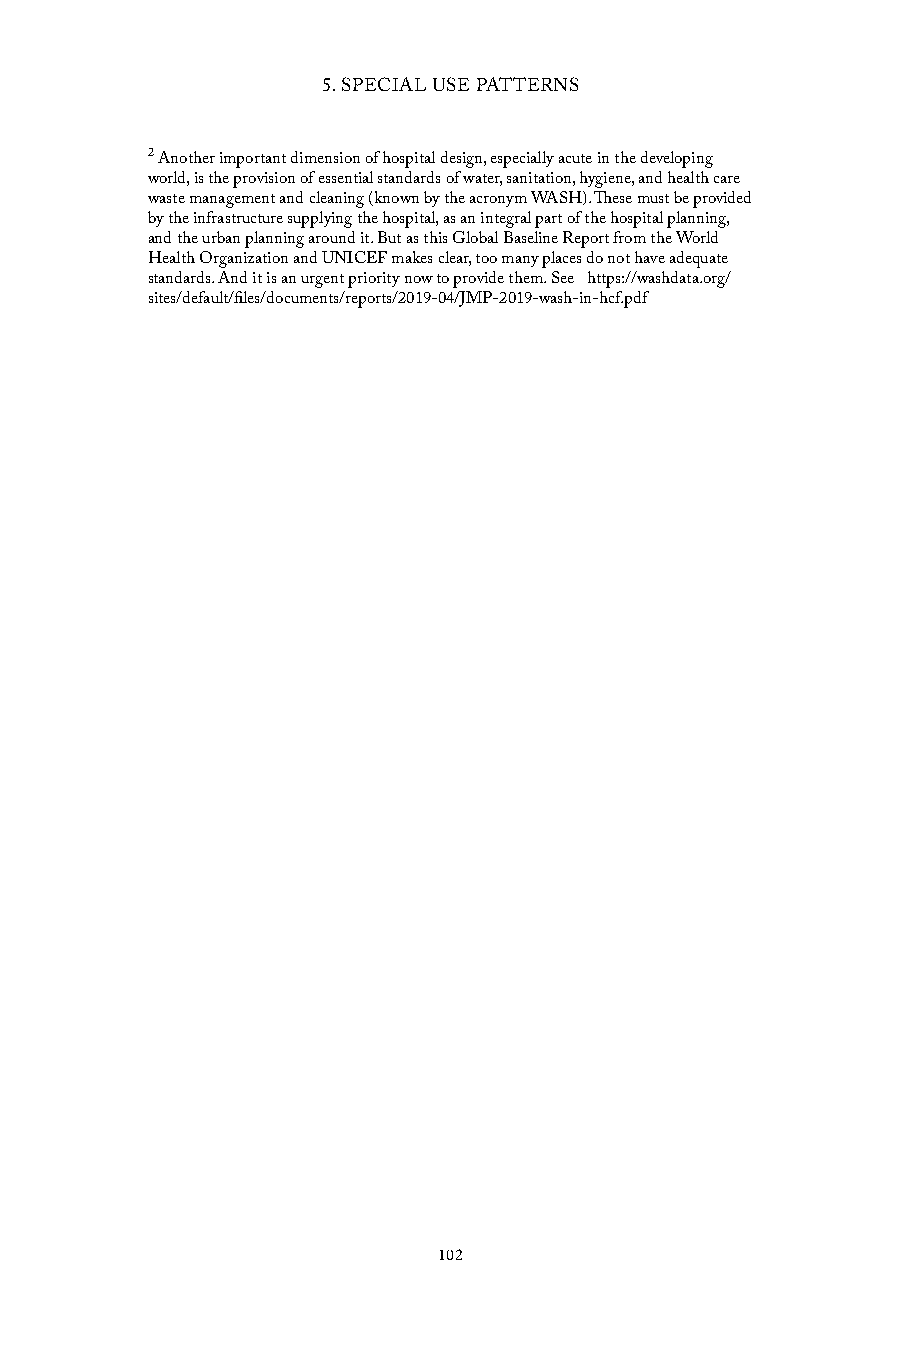
5. SPECIAL USE PATTERNS
 2 Another important dimension of hospital design, especially acute in the developing
 world, is the provision of essential standards of water, sanitation, hygiene, and health care
 waste management and cleaning (known by the acronym WASH). These must be provided
 by the infrastructure supplying the hospital, as an integral part of the hospital planning,
 and the urban planning around it. But as this Global Baseline Report from the World
 Health Organization and UNICEF makes clear, too many places do not have adequate
 standards. And it is an urgent priority now to provide them. See https://washdata.org/
 sites/default/files/documents/reports/2019-04/JMP-2019-wash-in-hcf.pdf
 102